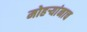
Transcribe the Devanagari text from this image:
मोहऱ्यांनाच